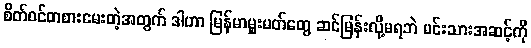
စိတ်ဝင်တစားမေးတဲ့အတွက် ဒါဟာ မြန်မာမှူးမတ်တွေ ဆင်မြန်းလို့မရဘဲ မင်းသားအဆင့်ကို